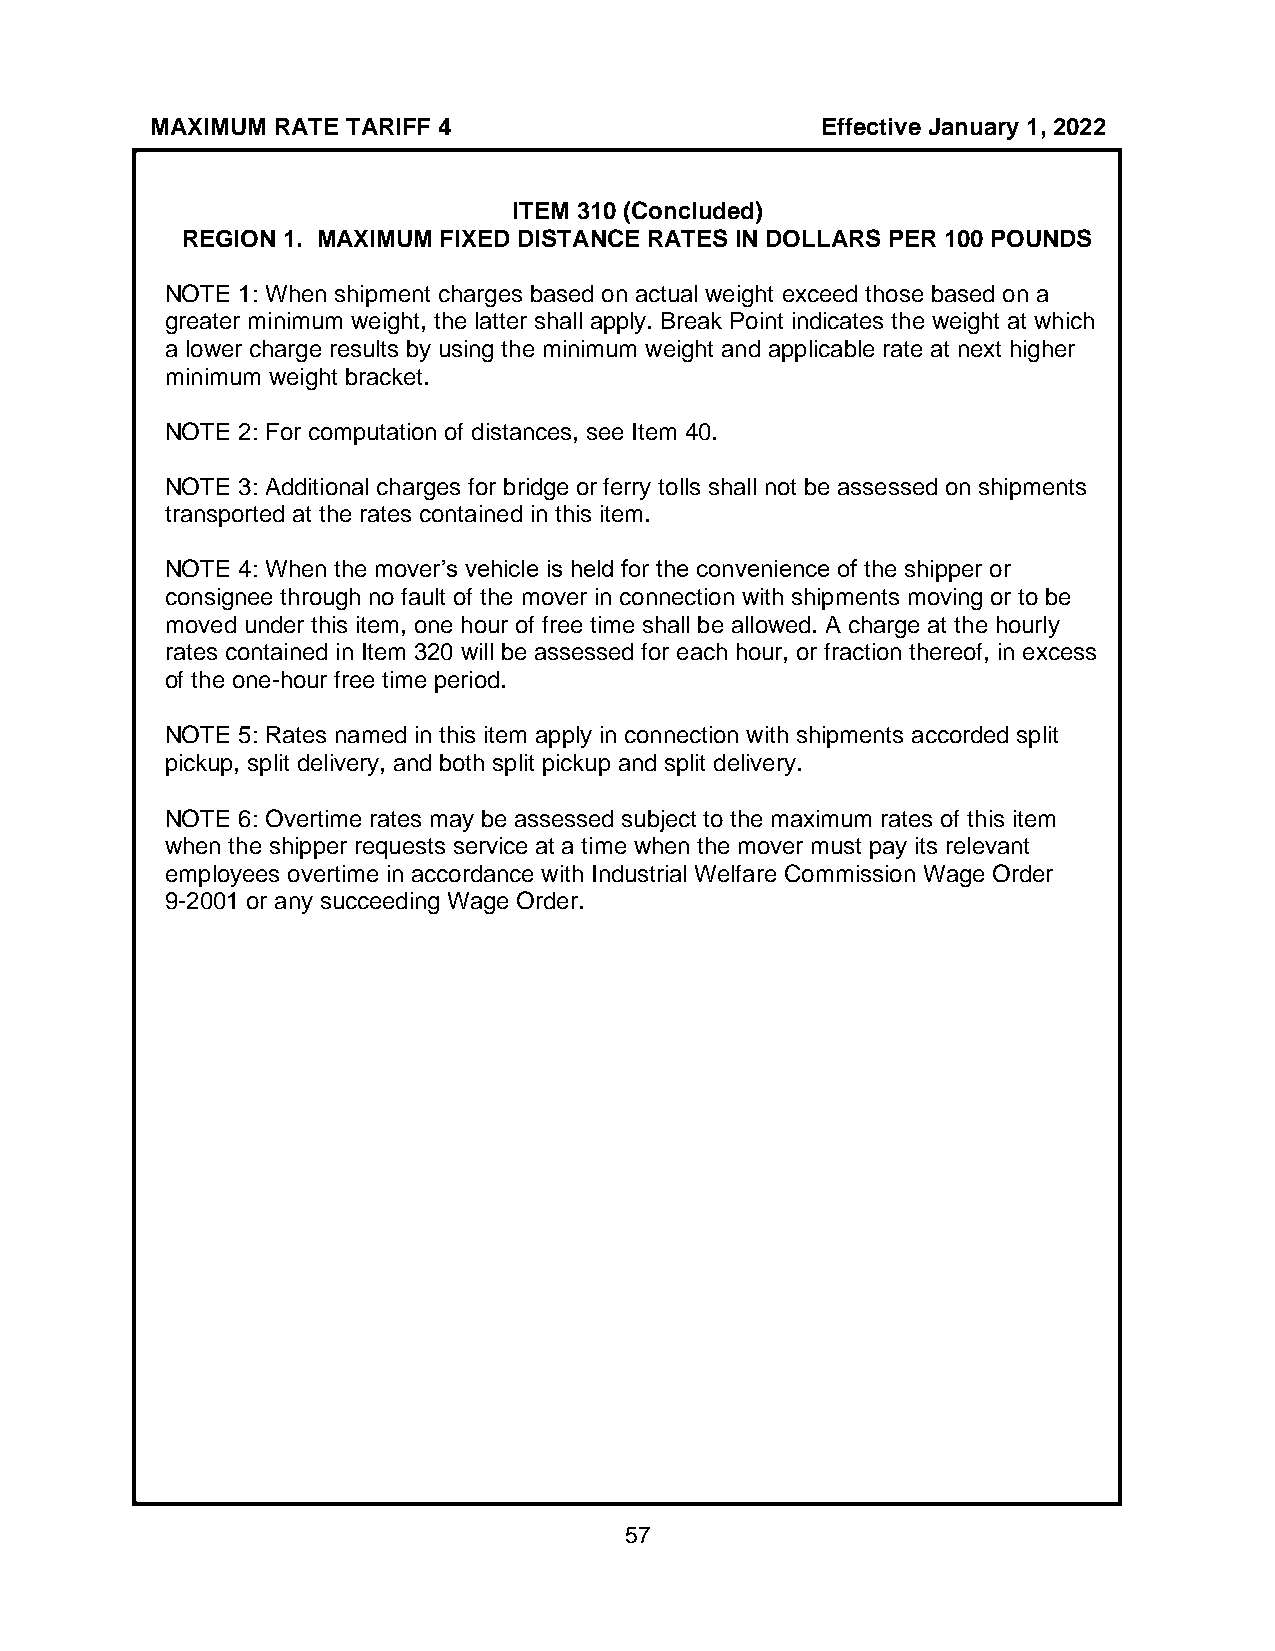
MAXIMUM RATE TARIFF 4                       Effective January 1, 2022
 ITEM 310 (Concluded)
 REGION 1. MAXIMUM FIXED DISTANCE RATES IN DOLLARS PER 100 POUNDS
 NOTE 1: When shipment charges based on actual weight exceed those based on a
 greater minimum weight, the latter shall apply. Break Point indicates the weight at which
 a lower charge results by using the minimum weight and applicable rate at next higher
 minimum weight bracket.
 NOTE 2: For computation of distances, see Item 40.
 NOTE 3: Additional charges for bridge or ferry tolls shall not be assessed on shipments
 transported at the rates contained in this item.
 NOTE 4: When the mover’s vehicle is held for the convenience of the shipper or
 consignee through no fault of the mover in connection with shipments moving or to be
 moved under this item, one hour of free time shall be allowed. A charge at the hourly
 rates contained in Item 320 will be assessed for each hour, or fraction thereof, in excess
 of the one-hour free time period.
 NOTE 5: Rates named in this item apply in connection with shipments accorded split
 pickup, split delivery, and both split pickup and split delivery.
 NOTE 6: Overtime rates may be assessed subject to the maximum rates of this item
 when the shipper requests service at a time when the mover must pay its relevant
 employees overtime in accordance with Industrial Welfare Commission Wage Order
 9-2001 or any succeeding Wage Order.
 57